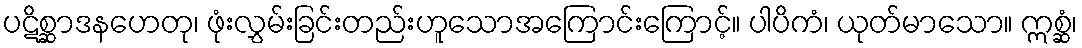
ပဋိစ္ဆာဒနဟေတု၊ ဖုံးလွှမ်းခြင်းတည်းဟူသောအကြောင်းကြောင့်။ ပါပိကံ၊ ယုတ်မာသော။ ဣစ္ဆံ၊